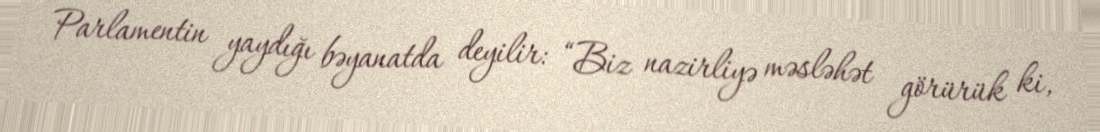
Parlamentin yaydığı bəyanatda deyilir: “Biz nazirliyə məsləhət görürük ki,